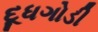
દૂધગોડી